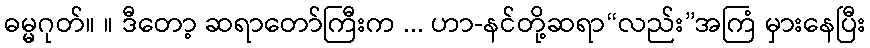
ဓမ္မဂုတ်။ ။ ဒီတော့ ဆရာတော်ကြီးက ... ဟာ-နင်တို့ဆရာ“လည်း”အကြံ မှားနေပြီး